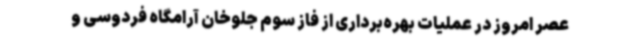
عصر امروز در عملیات بهره‌برداری از فاز سوم جلوخان آرامگاه فردوسی و